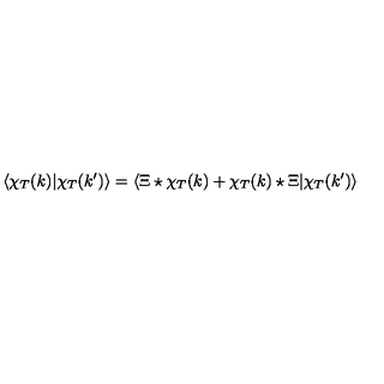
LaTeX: \langle \chi _ { T } ( k ) | \chi _ { T } ( k ^ { \prime } ) \rangle = \langle \Xi \star \chi _ { T } ( k ) + \chi _ { T } ( k ) \star \Xi | \chi _ { T } ( k ^ { \prime } ) \rangle